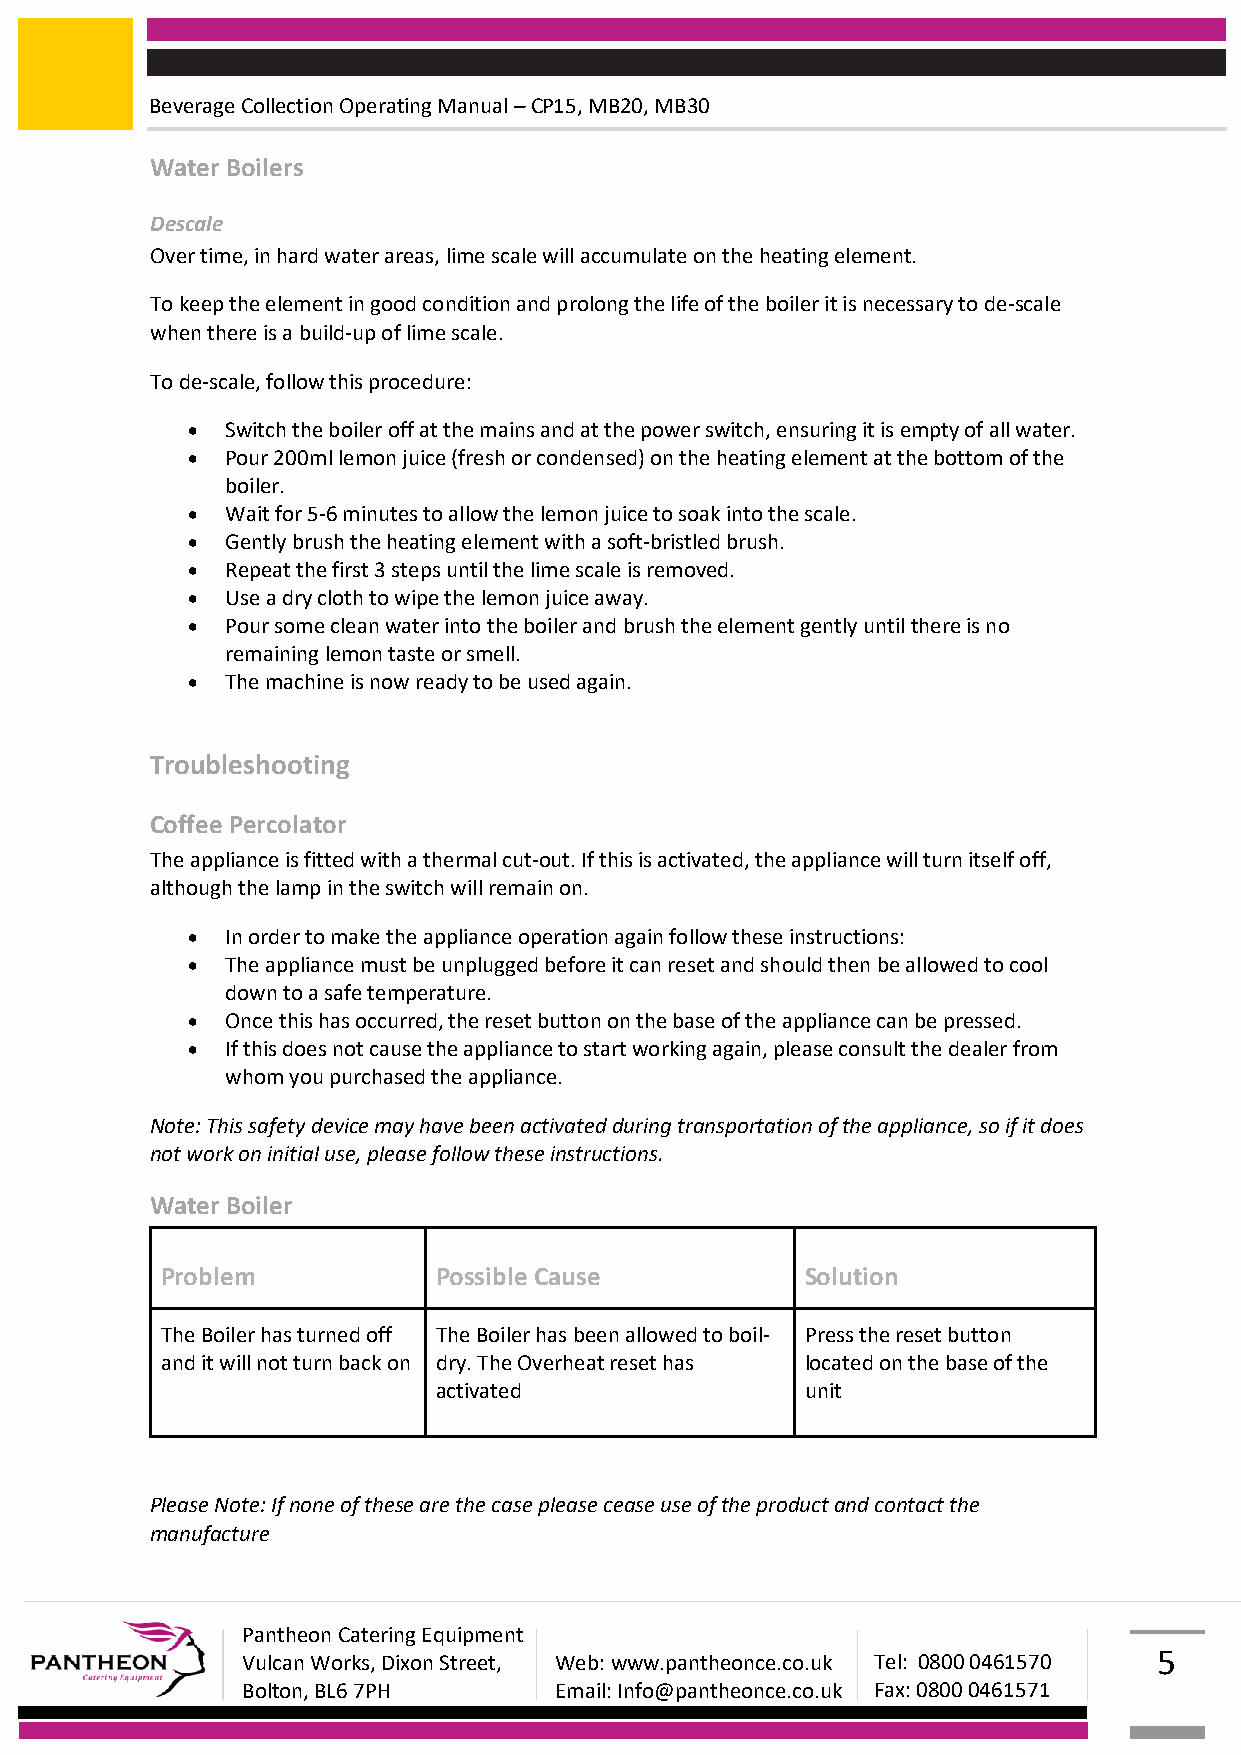
Beverage Collection Operating Manual – CP15, MB20, MB30
 Water Boilers
 Descale
 Over time, in hard water areas, lime scale will accumulate on the heating element.
 To keep the element in good condition and prolong the life of the boiler it is necessary to de-scale
 when there is a build-up of lime scale.
 To de-scale, follow this procedure:
   Switch the boiler off at the mains and at the power switch, ensuring it is empty of all water.
   Pour 200ml lemon juice (fresh or condensed) on the heating element at the bottom of the
 boiler.
   Wait for 5-6 minutes to allow the lemon juice to soak into the scale.
   Gently brush the heating element with a soft-bristled brush.
   Repeat the first 3 steps until the lime scale is removed.
   Use a dry cloth to wipe the lemon juice away.
   Pour some clean water into the boiler and brush the element gently until there is no
 remaining lemon taste or smell.
   The machine is now ready to be used again.
 Troubleshooting
 Coffee Percolator
 The appliance is fitted with a thermal cut-out. If this is activated, the appliance will turn itself off,
 although the lamp in the switch will remain on.
   In order to make the appliance operation again follow these instructions:
   The appliance must be unplugged before it can reset and should then be allowed to cool
 down to a safe temperature.
   Once this has occurred, the reset button on the base of the appliance can be pressed.
   If this does not cause the appliance to start working again, please consult the dealer from
 whom you purchased the appliance.
 Note: This safety device may have been activated during transportation of the appliance, so if it does
 not work on initial use, please follow these instructions.
 Water Boiler
 Problem           Possible Cause          Solution
 The Boiler has turned off The Boiler has been allowed to boil- Press the reset button
 and it will not turn back on dry. The Overheat reset has located on the base of the
 activated               unit
 Please Note: If none of these are the case please cease use of the product and contact the
 manufacture
 Pantheon Catering Equipment
 Vulcan Works, Dixon Street, Web: www.pantheonce.co.uk Tel: 0800 0461570 5
 Bolton, BL6 7PH      Email: Info@pantheonce.co.uk Fax: 0800 0461571